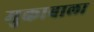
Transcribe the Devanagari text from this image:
मुकाबाला